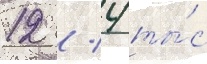
12 / 4 ты́с